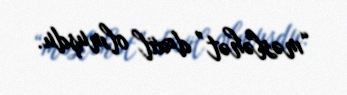
“məsləhət” daxil olmuşdu.